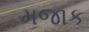
મજાક